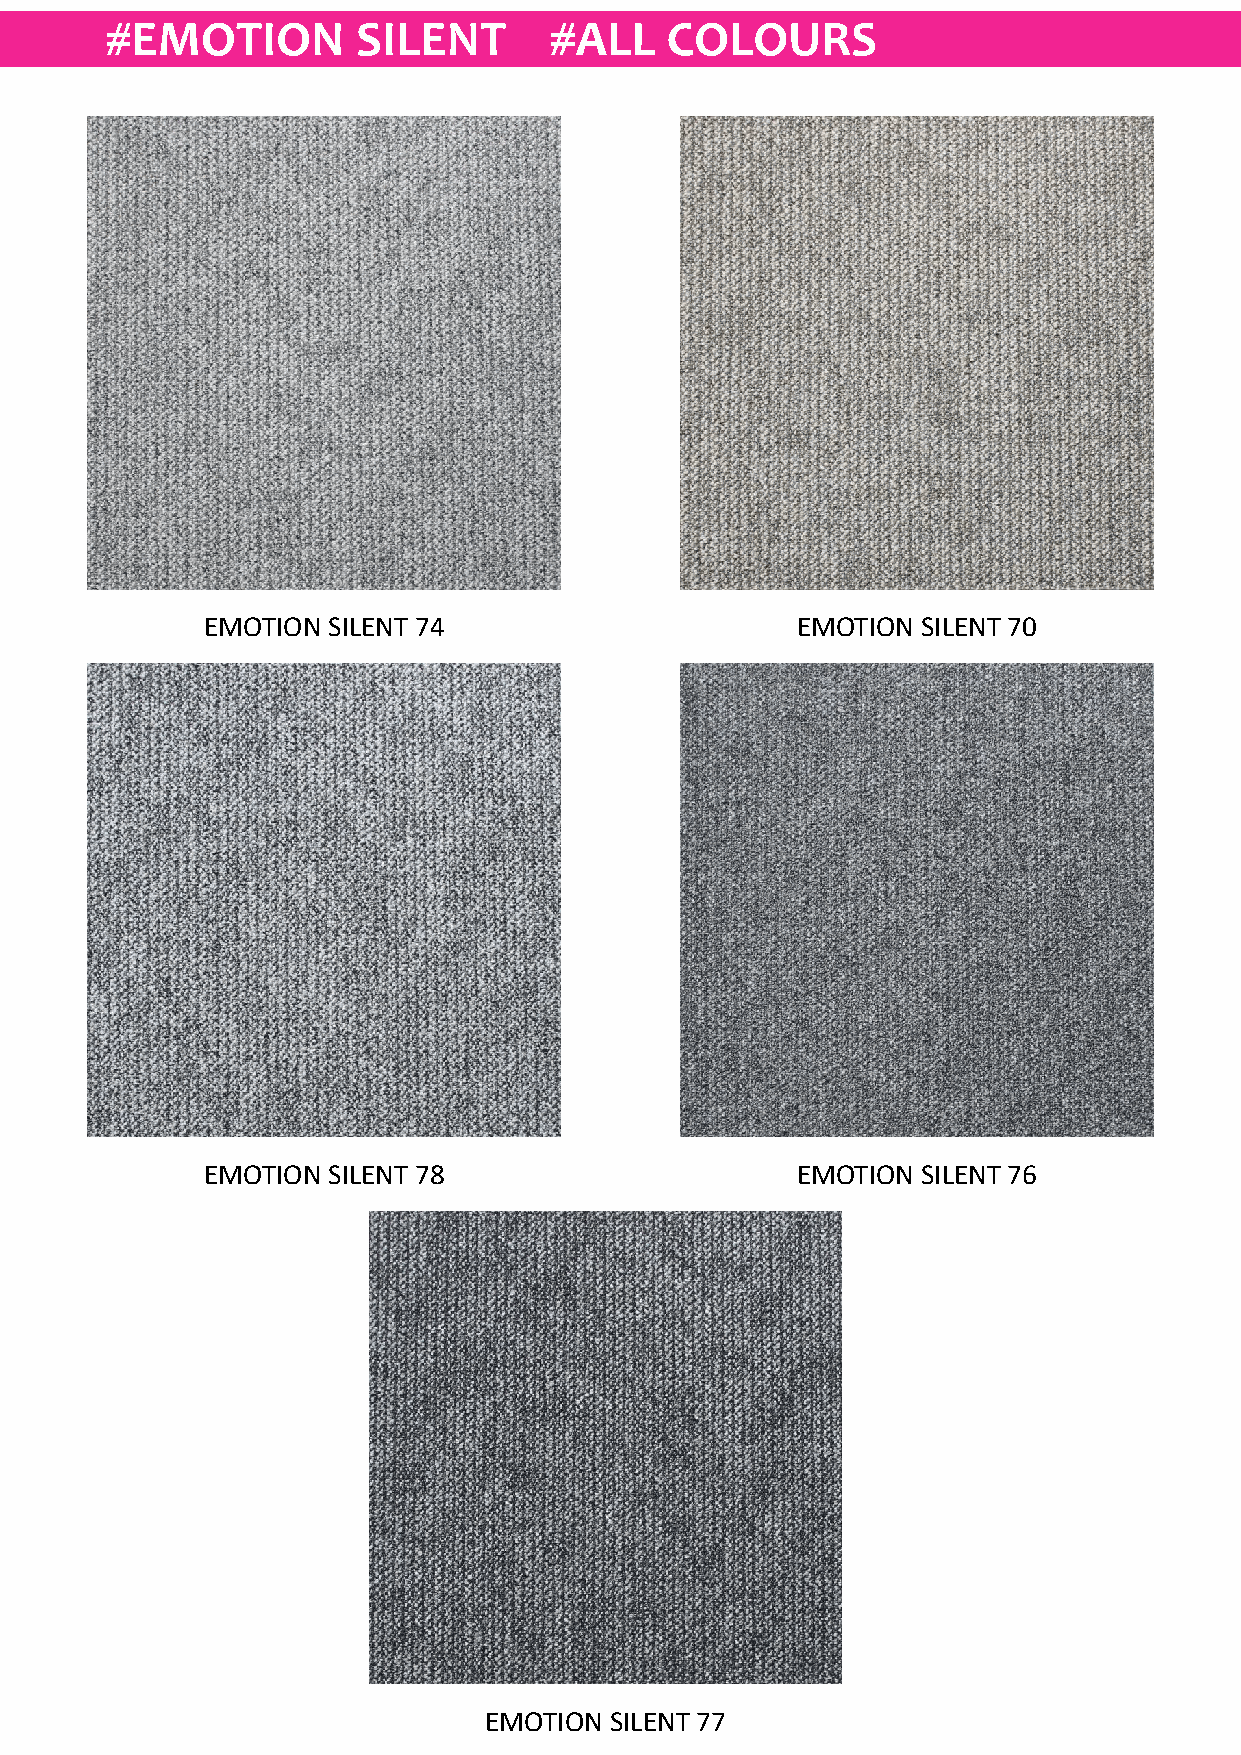
#EMOTION         SILENT      #ALL    COLOURS
 EMOTION  SILENT 74                      EMOTION SILENT 70
 EMOTION  SILENT 78                      EMOTION SILENT 76
 EMOTION SILENT 77